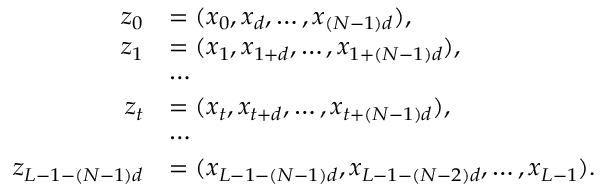
\begin{array} { r l } { z _ { 0 } } & { = ( x _ { 0 } , x _ { d } , \ldots , x _ { ( N - 1 ) d } ) , } \\ { z _ { 1 } } & { = ( x _ { 1 } , x _ { 1 + d } , \ldots , x _ { 1 + ( N - 1 ) d } ) , } \\ & { \cdots } \\ { z _ { t } } & { = ( x _ { t } , x _ { t + d } , \ldots , x _ { t + ( N - 1 ) d } ) , } \\ & { \cdots } \\ { z _ { L - 1 - ( N - 1 ) d } } & { = ( x _ { L - 1 - ( N - 1 ) d } , x _ { L - 1 - ( N - 2 ) d } , \ldots , x _ { L - 1 } ) . } \end{array}